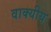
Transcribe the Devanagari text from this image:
वाक्यीय